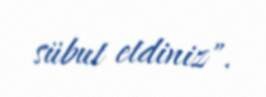
sübut etdiniz".